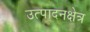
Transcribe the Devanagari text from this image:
उत्पादनक्षेत्र